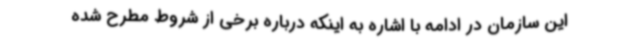
این سازمان در ادامه با اشاره به اینکه درباره برخی از شروط مطرح شده